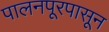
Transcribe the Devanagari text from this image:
पालनपूरपासून